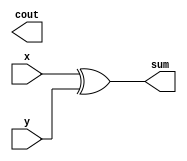
module half_adder(sum, cout, x, y);
input x, y;
output sum, cout;

xor(sum, x, y);
and(count, x, y);

endmodule

module full_adder(end_sum, end_cout, x, y, z);

input x, y, z;
output end_sum, end_cout;
wire s1, c1, c2;

half_adder B1(s1, c1, x, y);
half_adder B2(end_sum, c2, s1, z);
or(end_cout, c1, c2);

endmodule